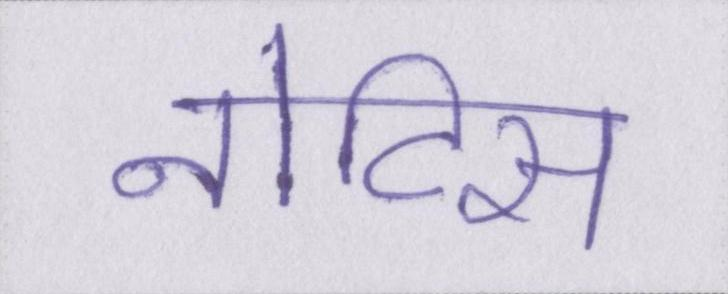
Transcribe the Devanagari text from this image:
नोटिस